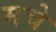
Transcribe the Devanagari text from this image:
मचे